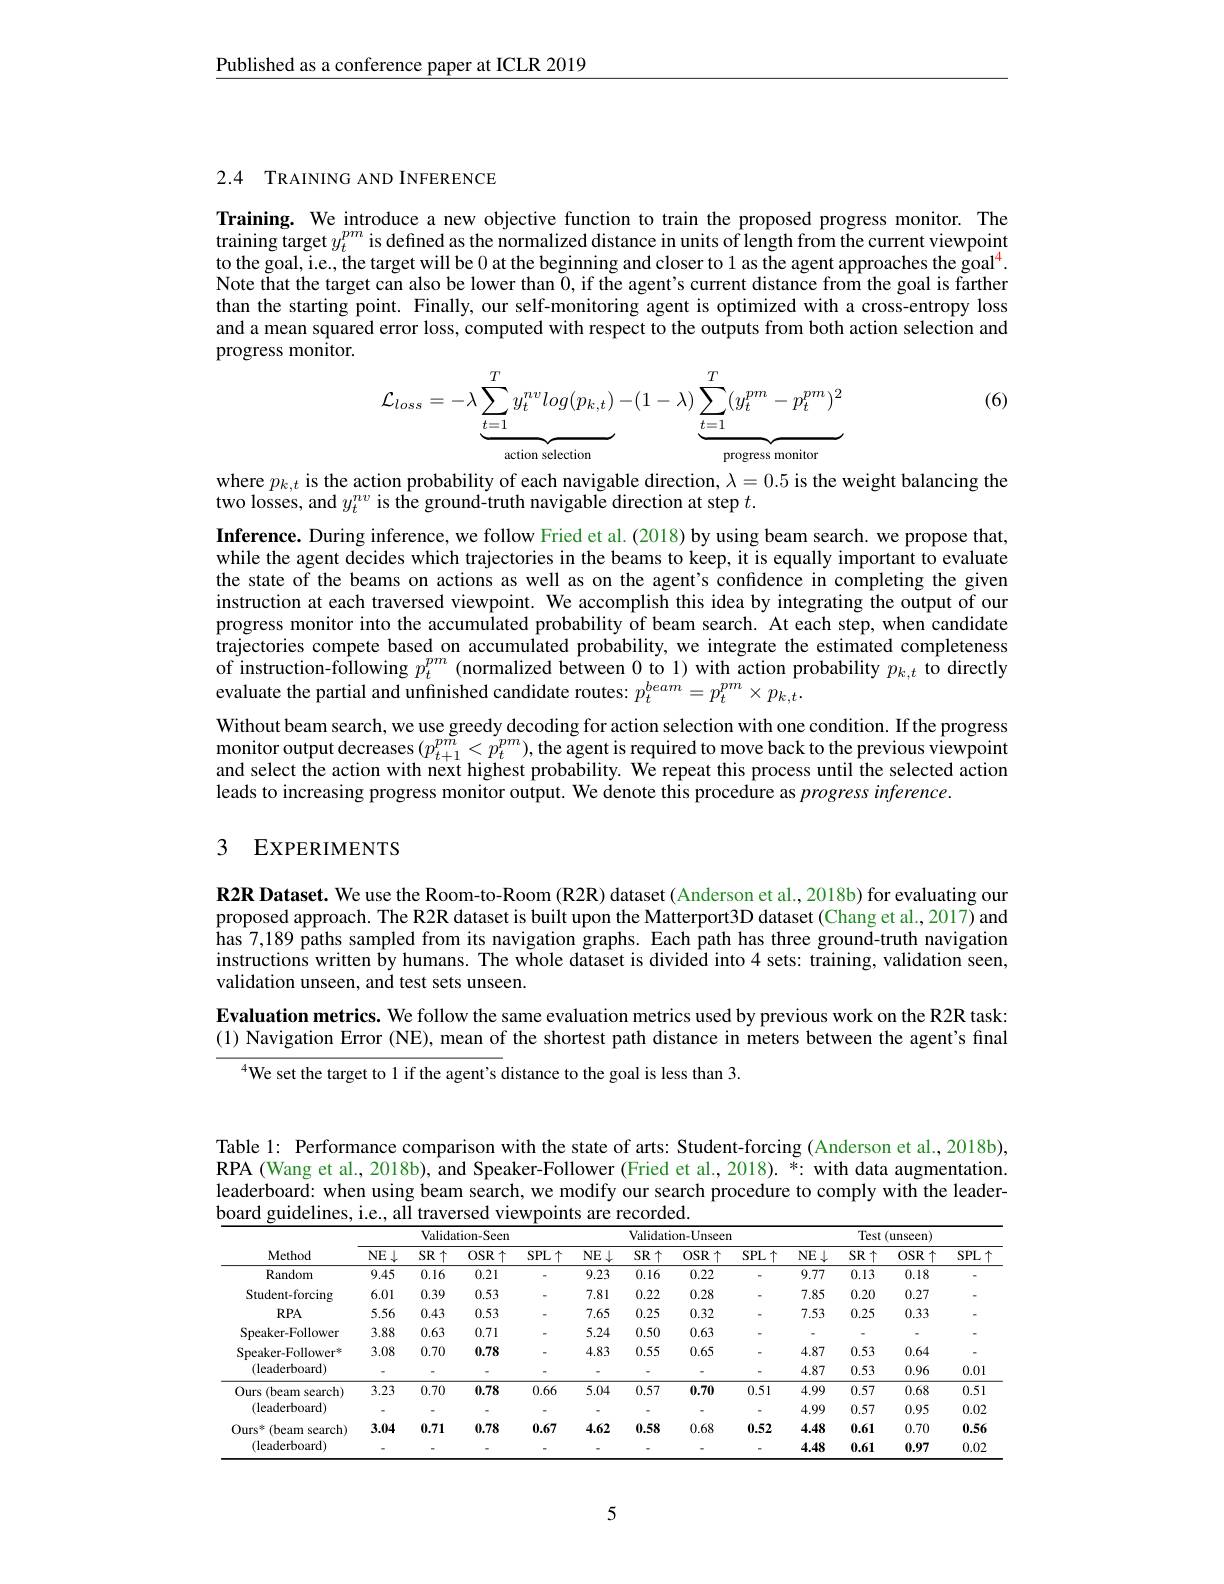
Published as a conference paper at ICLR 2019

2.4 TRAINING AND INFERENCE

Training. We introduce a new objective function to train the proposed progress monitor. The training target $y_t^{pm}$ is defined as the normalized distance in units of length from the current viewpoint to the goal, i.e., the target will be 0 at the beginning and closer to 1 as the agent approaches the goal$^{4}.$ Note that the target can also be lower than $\tilde{0}$, if the agent's current distance from the goal is farther than the starting point. Finally, our self-monitoring agent is optimized with a cross-entropy loss and a mean squared error loss, computed with respect to the outputs from both action selection and progress monitor.

(6)
$$\mathcal{L}_{loss}=-\lambda\underbrace{\sum_{t=1}^{T}y_{t}^{nv}log(p_{k,t})}_{\text{action selection}}-(1-\lambda)\underbrace{\sum_{t=1}^{T}(y_{t}^{pm}-p_{t}^{pm})^{2}}_{\text{progress monitor}}$$
where $p_{k,t}$ is the action probability of each navigable direction, $\lambda=0.5$ is the weight balancing the
two losses, and $y_t^{nv}$ is the ground-truth navigable direction at step $t.$

Inference. During inference, we follow Fried et al.(2018) by using beam search. we propose that, while the agent decides which trajectories in the beams to keep, it is equally important to evaluate the state of the beams on actions as well as on the agent's confidence in completing the given instruction at each traversed viewpoint. We accomplish this idea by integrating the output of our progress monitor into the accumulated probability of beam search. At each step, when candidate trajectories compete based on accumulated probability, we integrate the estimated completeness of instruction-following $p_t^{pm}$ (normalized between 0 to 1) with action probability $p_k,t$ to directly evaluate the partial and unfinished candidate routes: $p_t^{beam^{\prime}}=p_t^{pm}\times p_{k,t}.$
Without beam search, we use greedy decoding for action selection with one condition. If the progress monitor output decreases $(p_{t+1}^{pm}<p_{t}^{pm})$, the agent is required to move back to the previous viewpoint and select the action with next highest probability. We repeat this process until the selected action leads to increasing progress monitor output. We denote this procedure as $progressinference.$

## 3 EXPERIMENTS

R2R Dataset. We use the Room-to-Room (R2R) dataset (Anderson et al., 2018b) for evaluating our proposed approach. The R2R dataset is built upon the Matterport3D dataset (Chang et al., 2017) and has 7,189 paths sampled from its navigation graphs. Each path has three ground-truth navigation instructions written by humans. The whole dataset is divided into 4 sets: training, validation seen, validation unseen, and test sets unseen.
Evaluation metrics. We follow the same evaluation metrics used by previous work on the R2R task: (1) Navigation Error (NE), mean of the shortest path distance in meters between the agent's final
$^{4}$We set the target to 1 if the agent's distance to the goal is less than 3.

Table l: Performance comparison with the state of arts: Student-forcing (Anderson et al.,2018b), RPA (Wang et al., 2018b), and Speaker-Follower (Fried et al., 2018). $\tilde{*}:$ with data augmentation leaderboard: when using beam search, we modify our search procedure to comply with the leaderboard guidelines, i.e., all traversed viewpoints are recorded.

<table>
	<tbody>
		<tr>
			<th rowspan="2">Method</th>
			<th colspan="3">Validation-Seer</th>
			<th> </th>
			<th colspan="4">Validation-Unseem</th>
			<th colspan="4">Test (unseen)</th>
		</tr>
		<tr>
			<th>$\overline{NE\downarrow}$</th>
			<th>$\overline{SR\uparrow}$</th>
			<th>$OSR\uparrow$</th>
			<th>$\overline{\mathrm{SPL\uparrow}}$</th>
			<th>$\overline{NE\downarrow}$</th>
			<th>$SR\uparrow$</th>
			<th>$OSR\uparrow$</th>
			<th>$SPL\uparrow$</th>
			<th>$\overline{NE\downarrow}$</th>
			<th>SR $\uparrow$</th>
			<th>$OSR\uparrow$</th>
			<th>$SPL\uparrow$</th>
		</tr>
		<tr>
			<td>Random</td>
			<td>9.45</td>
			<td>0.16</td>
			<td>0.21</td>
			<td> </td>
			<td>9.23</td>
			<td>0.16</td>
			<td>0.22</td>
			<td> </td>
			<td>9.77</td>
			<td>0.13</td>
			<td>0.18</td>
			<td> </td>
		</tr>
		<tr>
			<td>Student-forcing</td>
			<td>6.01</td>
			<td>0.39</td>
			<td>0.53</td>
			<td> </td>
			<td>7.81</td>
			<td>0.22</td>
			<td>0.28</td>
			<td> </td>
			<td>7.85</td>
			<td>0.20</td>
			<td>0.27</td>
			<td> </td>
		</tr>
		<tr>
			<td>$RPA$</td>
			<td>5.56</td>
			<td>0.43</td>
			<td>0.53</td>
			<td> </td>
			<td>7.65</td>
			<td>0.25</td>
			<td>0.32</td>
			<td> </td>
			<td>7.53</td>
			<td>0.25</td>
			<td>0.33</td>
			<td> </td>
		</tr>
		<tr>
			<td>Speaker-Follower</td>
			<td>3.88</td>
			<td>0.63</td>
			<td>0.71</td>
			<td> </td>
			<td>5.24</td>
			<td>0.50</td>
			<td>0.63</td>
			<td> </td>
			<td> </td>
			<td> </td>
			<td> </td>
			<td> </td>
		</tr>
		<tr>
			<td rowspan="2">Speaker-Follower$^{*}$ (leaderboard)</td>
			<td>3.08</td>
			<td>0.70</td>
			<td>0.78</td>
			<td> </td>
			<td>4.83</td>
			<td>0.55</td>
			<td>0.65</td>
			<td> </td>
			<td>4.87</td>
			<td>0.53</td>
			<td>0.64</td>
			<td> </td>
		</tr>
		<tr>
			<td> </td>
			<td> </td>
			<td> </td>
			<td> </td>
			<td> </td>
			<td> </td>
			<td> </td>
			<td> </td>
			<td>4.87</td>
			<td>0.53</td>
			<td>0.96</td>
			<td>0.01</td>
		</tr>
		<tr>
			<td rowspan="2">Ours s (beam search) (leaderboard)</td>
			<td>3.23</td>
			<td>0.70</td>
			<td>0.78</td>
			<td>0.66</td>
			<td>5.04</td>
			<td>0.57</td>
			<td>0.70</td>
			<td>0.51</td>
			<td>4.99</td>
			<td>0.57</td>
			<td>0.68</td>
			<td>0.51</td>
		</tr>
		<tr>
			<td> </td>
			<td> </td>
			<td> </td>
			<td> </td>
			<td> </td>
			<td> </td>
			<td> </td>
			<td> </td>
			<td>4.99</td>
			<td>0.57</td>
			<td>0.95</td>
			<td>0.02</td>
		</tr>
		<tr>
			<td rowspan="2">Ours$^{*}$ (beam search) (leaderboard)</td>
			<td>3.04</td>
			<td>0.71</td>
			<td>0.78</td>
			<td>0.67</td>
			<td>4.62</td>
			<td>0.58</td>
			<td>0.68</td>
			<td>0.52</td>
			<td>4.48</td>
			<td>0.61</td>
			<td>0.70</td>
			<td>0.56</td>
		</tr>
		<tr>
			<td> </td>
			<td> </td>
			<td> </td>
			<td> </td>
			<td> </td>
			<td> </td>
			<td> </td>
			<td> </td>
			<td>4.48</td>
			<td>0.61</td>
			<td>0.97</td>
			<td>0.02</td>
		</tr>
	</tbody>
</table>

5